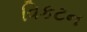
વિકટન